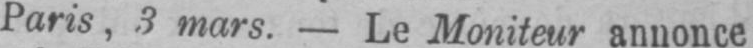
Paris, 3 mars. - Le Moniteur annonce